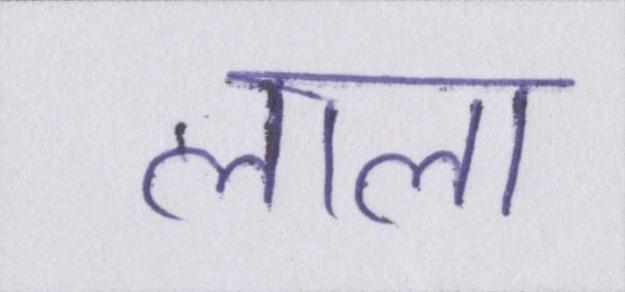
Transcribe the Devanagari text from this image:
लाला